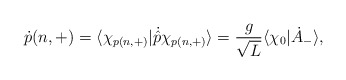
\begin{align*}\dot p(n,+) = \langle \chi_{p(n, +)}|\dot{\hat p}\chi_{p(n, +)}\rangle =\frac{g}{\sqrt L}\langle\chi_0|\dot A_-\rangle,\end{align*}